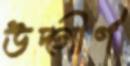
উদ্‌গীর্ণ